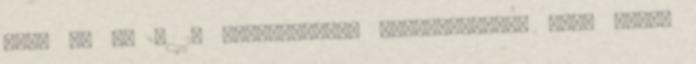
téma 89 88 A 10 legfontosabb szolgáltatás, ill. falu-